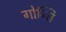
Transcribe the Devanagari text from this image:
गोन्ति